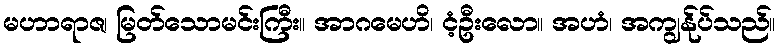
မဟာရာဇ၊ မြတ်သောမင်းကြီး။ အာဂမေဟိ၊ ငံ့ဦးလော။ အဟံ၊ အကျွန်ုပ်သည်။